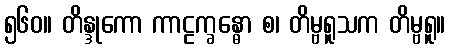
၅၆၀။ တိန္ဒုကော ကာဠက္ခန္ဓော စ၊ တိမ္ဗရူသက တိမ္ဗရူ။